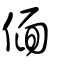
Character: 偭